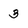
Character: 3